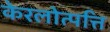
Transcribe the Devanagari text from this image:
केरलोत्पत्ति